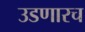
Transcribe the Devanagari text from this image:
उडणारच